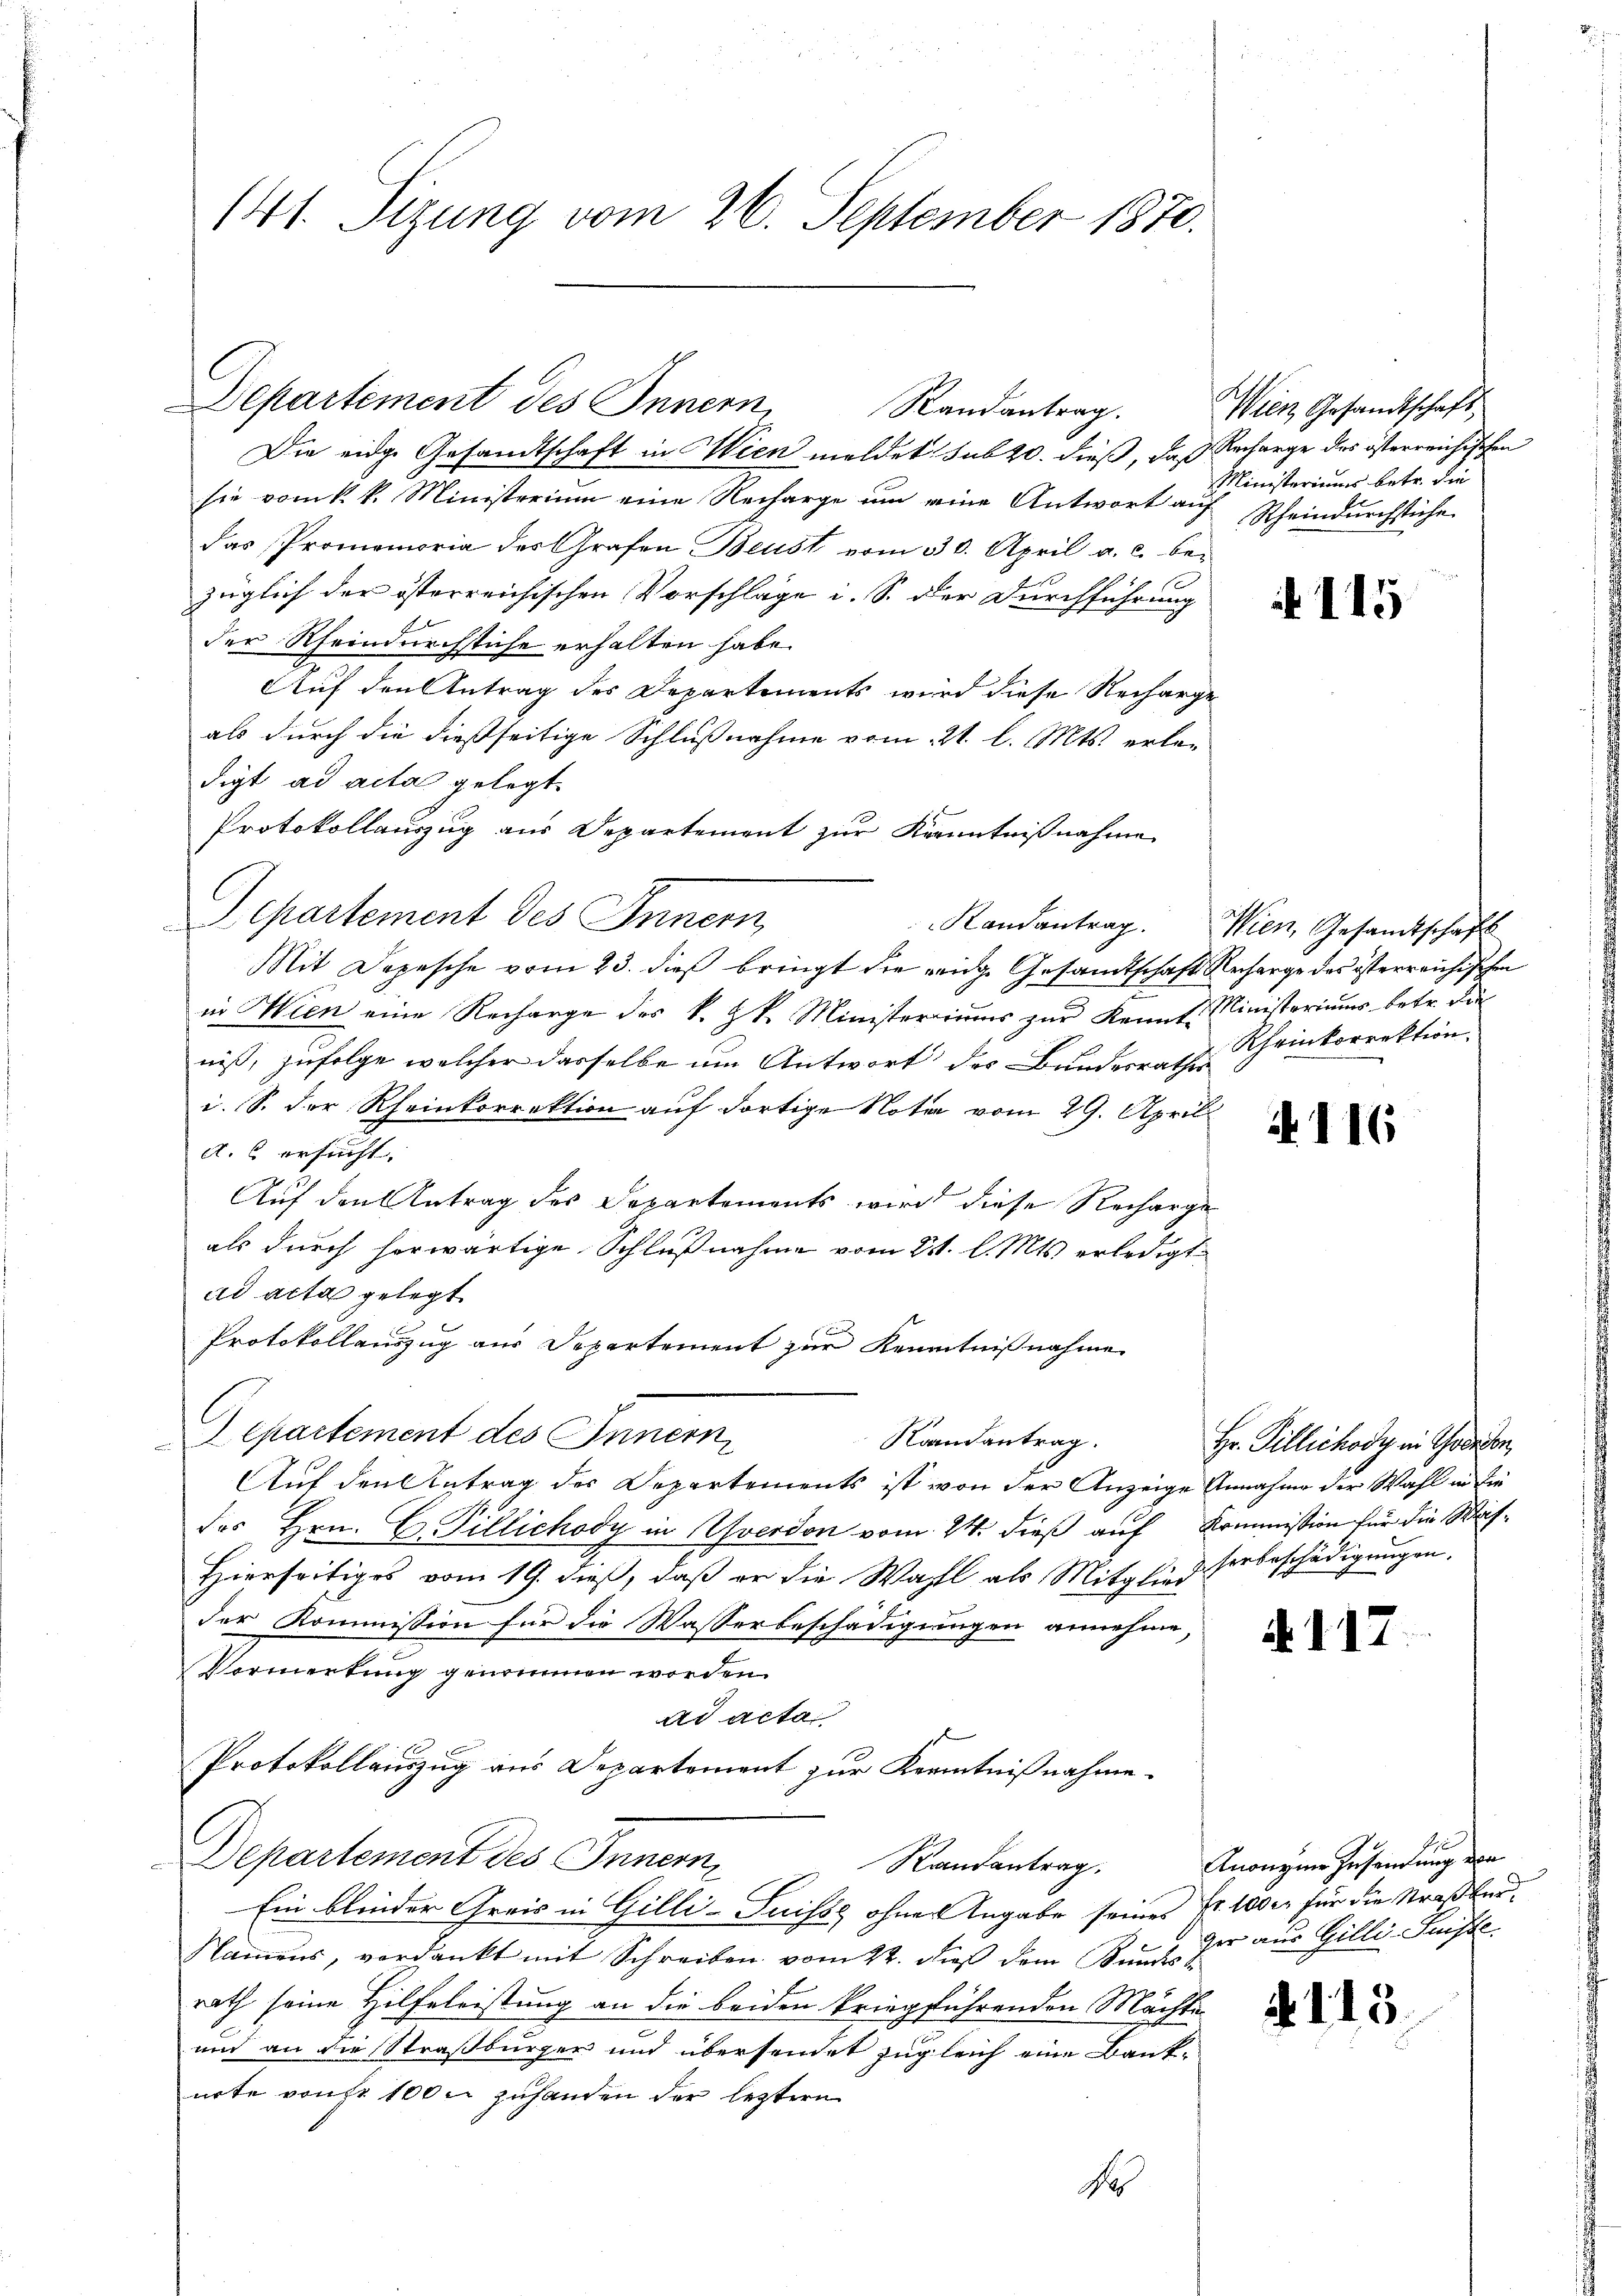
141. Sizung vom 26. September 1870.

Departement des Innern,
Randantrag.

Die eidge Gesandtschaft in Wien meldet sub 20. dieß, daß Recharge des österreichischen
sie vom k. k. Ministerium eine Recharge um eine Antwort auf Scheindurchstiche
das Promemoria des Grafen Beust vom 30. April a. c. be-
züglich der österreichischen Vorschläge i. S. der Durchführung
der Rheindurchstiche erhalten habe.
Auf den Antrag des Departements wird diese Recharge
als durch die dießseitige Schlußnahme vom 21. l. Mts. erle-
digt ad acta gelegt.
Protokollauszug aus Departement zur Kenntnißnahme
C
Separtement des Innern,
Mit Depesche vom 23. dieß bringt die eige Gesandtschaft Recharge des österreichischen
in Wien eine Recharge des k. k. Ministeriums zur Kennte Ministeriums betr. die
niß, zufolge welcher dasselbe um Antwort des Bundesrathes
i. S. der Rheinkorrektion auf dortige Notar vom 29. April
A. 6 ersucht. |
Auf den Antrag des Departements wird diese Recharge
als durch herwärtige Schlußnahme vom 21. l. Mts. erledigt
ad acta gelegt
Protokollauszug aus Departement zur Kenntnißnahme
C
epartement des Innern,
Raandantrag.
Auf den Antrag der Departements ist von der Anzeige Annahme der Wahl in die
des Hrn. C. Pillichody in verdon vom 24. dieß auf Kommission für die Was¬
Hierseitiges vom 19. dieß, daß er die Wahl als Mitglied Herbeschädigungen.
der Kommission für die Wasserbeschädigungen annehme,
Vormerkung genommen worden.
ad acta
Protokollauszug aus Departement zur Kenntnißnahme.
Departement des Innern,
Randantrag.
Ein blinder Greis in Gilli-Suisse ohne Angabe seines Fr. 1000. für die Straßbur¬
Namens, verdankt mit Schreiben vom 22. dieß dem Kundes
rath seine Hilfeleistung an die beiden kriegführenden Mächte
und an die Straßburger und übersendet zugleich eine Banknrte von 100 zuhanden der leztern

Randantrag.

Fr

Wien Gesandtschaft,
Ministeriums betr. die

115

Wien, Gesandtschafts
Rheinkorrektion.

A. 116

Hr. Pillichody in Code von

A.117

Anonzins Zusendung der
ger aus Gilli-Suisse

. 113.